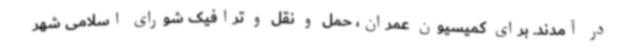
در آمدند. برای کمیسیون عمران، حمل و نقل و ترافیک شورای اسلامی شهر